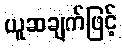
ယူဆချက်ဖြင့်